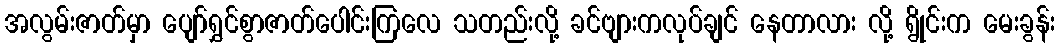
အလွမ်းဇာတ်မှာ ပျော်ရွှင်စွာဇာတ်ပေါင်းကြလေ သတည်းလို့ ခင်ဗျားကလုပ်ချင် နေတာလား လို့ ရွိုင်းက မေးခွန်း